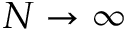
N \to \infty